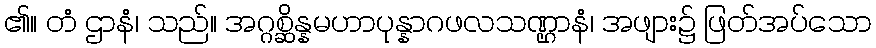
၏။ တံ ဌာနံ၊ သည်။ အဂ္ဂစ္ဆိန္နမဟာပုန္နာဂဖလသဏ္ဌာနံ၊ အဖျား၌ ဖြတ်အပ်သော